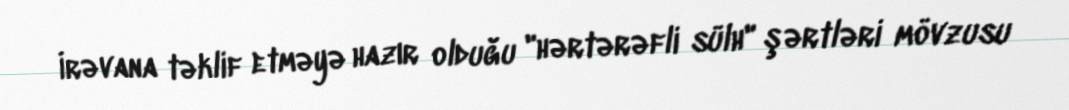
İrəvana təklif etməyə hazır olduğu "hərtərəfli sülh" şərtləri mövzusu